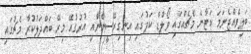
ބަލިވެއްޖެނަމަ ކަޓާނެ މެޗެއްގައި ވޯލްޑް ކަޕުގައި އިނގިރޭސީންނާއި އުރުގުއޭ މިރޭ ބައްދަލުކުރާ މެޗުގައި